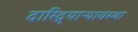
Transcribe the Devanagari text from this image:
दारिद्र्याऱ्यावस्था